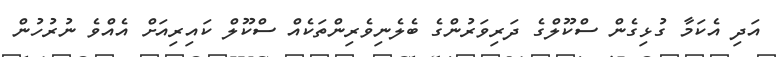
އަދި އެކަމާ ގުޅިގެން ސްކޫލްގެ ދަރިވަރުންގެ ބެލެނިވެރިންތަކެއް ސްކޫލް ކައިރިއަށް އެއްވެ ނުރުހުން